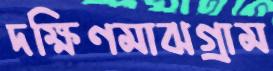
দক্ষিণমাঝগ্রাম